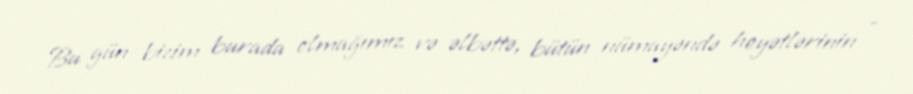
Bu gün bizim burada olmağımız və əlbəttə, bütün nümayəndə heyətlərinin -